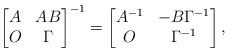
LaTeX: \begin{align*} \begin{bmatrix} A & AB \\ O & \Gamma \end{bmatrix}^{-1} =\begin{bmatrix} A^{-1} & -B\Gamma^{-1} \\ O & \Gamma^{-1} \end{bmatrix}, \end{align*}